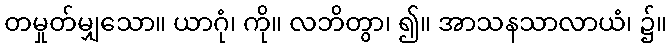
တမှုတ်မျှသော။ ယာဂုံ၊ ကို။ လဘိတွာ၊ ၍။ အာသနသာလာယံ၊ ၌။